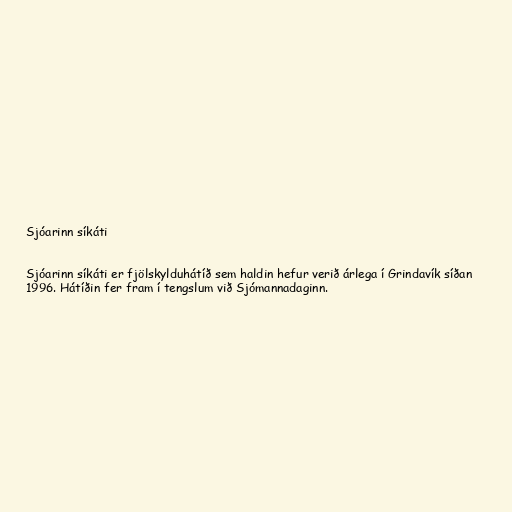
Sjóarinn síkáti

Sjóarinn síkáti er fjölskylduhátíð sem haldin hefur verið árlega í Grindavík síðan
1996. Hátíðin fer fram í tengslum við Sjómannadaginn.